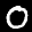
Label: 0